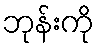
ဘုန်းကို